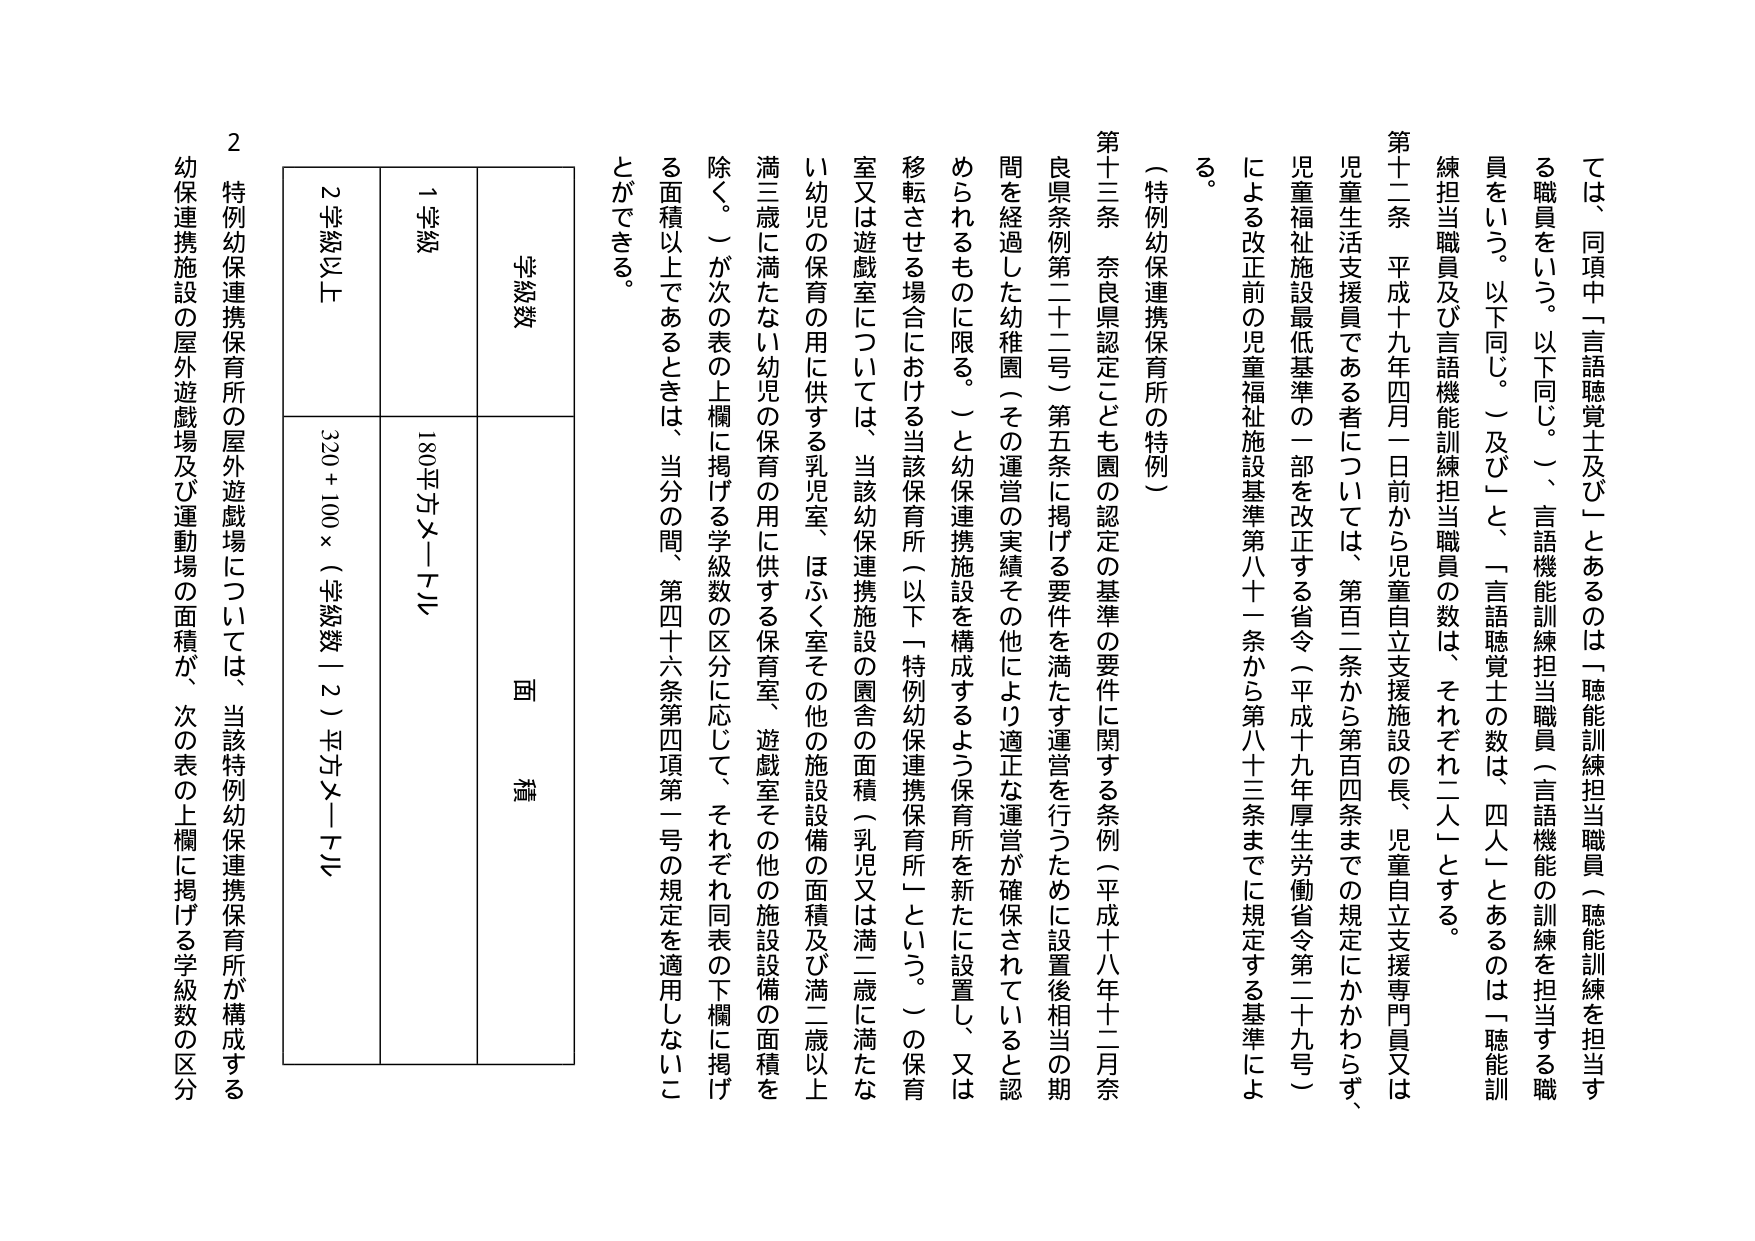
ては、同項中「言語聴覚士及び」とあるのは「聴能訓練担当職員（聴能訓練を担当する職員をいう。以下同じ。）」、言語機能訓練担当職員（言語機能の訓練を担当する職員をいう。以下同じ。）及び」と、「言語聴覚士の数は、四人」とあるのは「聴能訓練担当職員及び言語機能訓練担当職員の数は、それぞれ二人」とする。

第十二条 平成十九年四月一日前から児童自立支援施設の長、児童自立支援専門員又は児童生活支援員である者については、第百二条から第百四条までの規定にかかわらず、児童福祉施設最低基準の一部を改正する省令（平成十九年厚生労働省令第二十九号）による改正前の児童福祉施設基準第八十一条から第八十三条までに規定する基準による。

（特例幼保連携保育所の特例）

第十三条 奈良県認定こども園の認定の基準の要件に関する条例（平成十八年十二月奈良県条例第二十二号）第五条に掲げる要件を満たす運営を行うために設置後相当の期間を経過した幼稚園（その運営の実績その他により適正な運営が確保されていると認められるものに限る。）と幼保連携施設を構成するよう保育所を新たに設置し、又は移転させる場合における当該保育所（以下「特例幼保連携保育所」という。）の保育室又は遊戯室については、当該幼保連携施設の園舎の面積（乳児又は満二歳に満たない幼児の保育の用に供する乳児室、ほふく室その他の施設設備の面積及び満二歳以上満三歳に満たない幼児の保育の用に供する保育室、遊戯室その他の施設設備の面積を除く。）が次の表の上欄に掲げる学級数の区分に応じて、それぞれ同表の下欄に掲げる面積以上であるときは、当分の間、第四十六条第四項第一号の規定を適用しないことができる。

学級数 面積
1学級 180平方メートル
2学級以上 320＋100×（学級数｜2）平方メートル

2 特例幼保連携保育所の屋外遊戯場については、当該特例幼保連携保育所が構成する幼保連携施設の屋外遊戯場及び運動場の面積が、次の表の上欄に掲げる学級数の区分